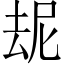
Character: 𪠝